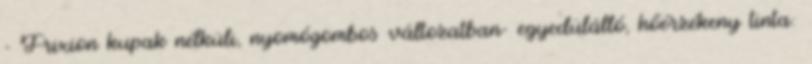
- Frixion kupak nélküli, nyomógombos változatban- egyedülálló, hőérzékeny tinta: